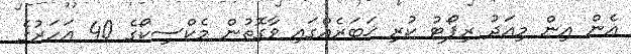
އެން އިން މިއަދު ރިޕޯޓު ކުރި ޚަބަރެއްގައި ވާގޮތުން މެކްސިކޯގެ 40 އަހަރުގެ